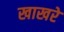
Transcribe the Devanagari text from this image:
खाखरे